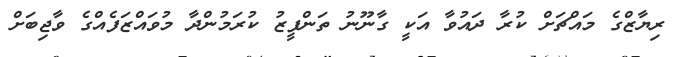
ރިޔާޒްގެ މައްޗަށް ކުރާ ދައުވާ އަކީ ގާނޫނު ތަންފީޒު ކުރަމުންދާ މުވައްޒަފެއްގެ ވާޖިބަށް